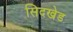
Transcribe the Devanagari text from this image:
सिदखेड